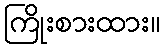
ကြိုးစားထား။